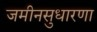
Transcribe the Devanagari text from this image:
जमीनसुधारणा